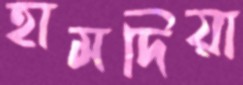
হামদিয়া